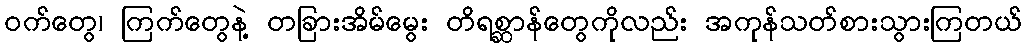
ဝက်တွေ၊ ကြက်တွေနဲ့ တခြားအိမ်မွေး တိရစ္ဆာန်တွေကိုလည်း အကုန်သတ်စားသွားကြတယ်